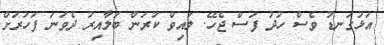
އަޅުގަނޑު ވެސް ހުދު ފަސް ޖެހޭ. ލައިވް ކުރަން ބަލާއިރު ދެވަނަ ފަހަރަށް